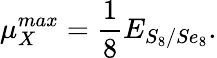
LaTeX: \mu_{X}^{max}=\frac{1}{8}E_{S_{8}/Se_{8}}.